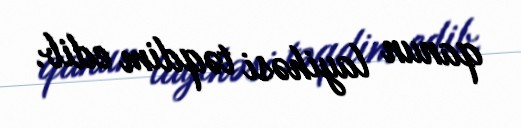
qanun layihəsi təqdim edib.